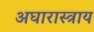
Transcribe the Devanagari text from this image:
अघारास्त्राय